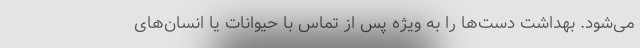
می‌شود. بهداشت دست‌ها را به‌ ویژه پس از تماس با حیوانات یا انسان‌های